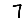
Digit: 7